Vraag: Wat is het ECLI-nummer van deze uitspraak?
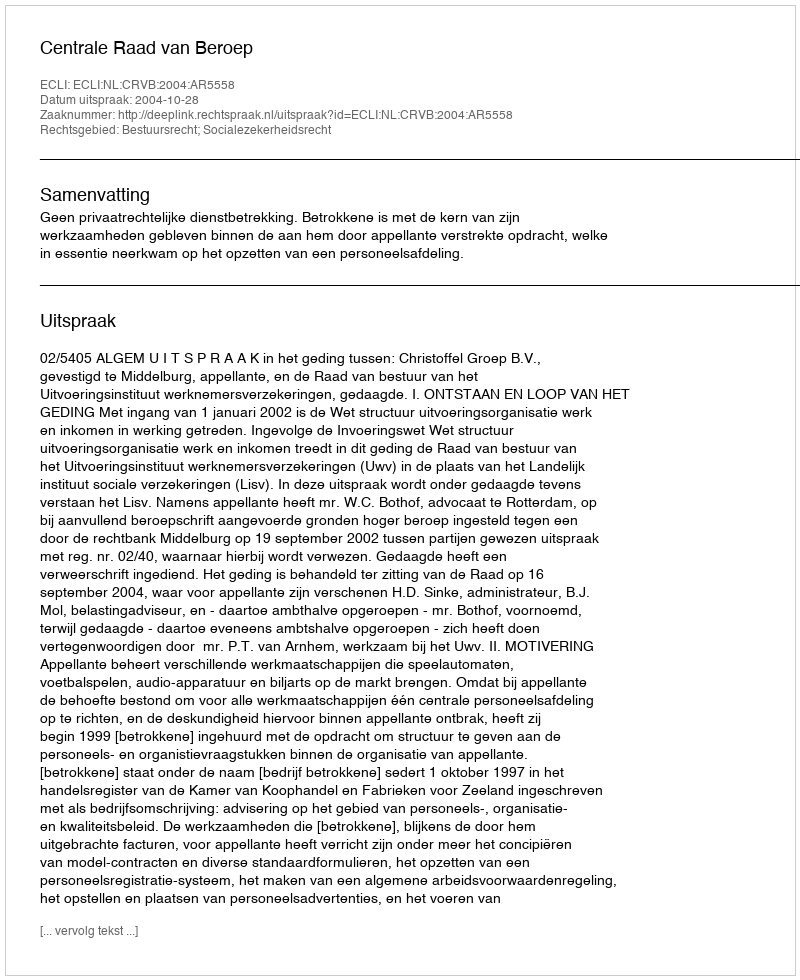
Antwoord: ECLI:NL:CRVB:2004:AR5558